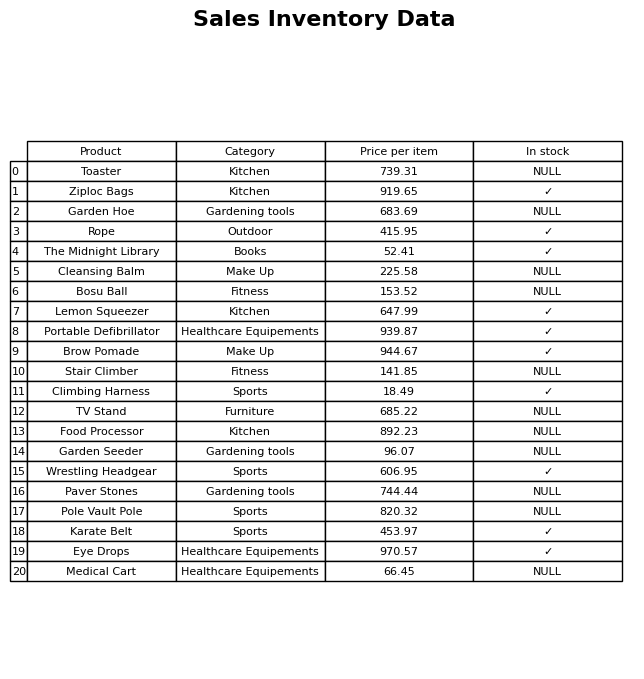
question: What is the price for Pole Vault Pole?
answer: The price of Pole Vault Pole is 820.32.